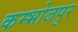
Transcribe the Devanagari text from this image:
कम्भोजपुर